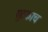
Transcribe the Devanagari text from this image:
सुटकाच